King Institute of Preventive Medicine Bacteriolog. Section reports 1907-08
Year: 1907
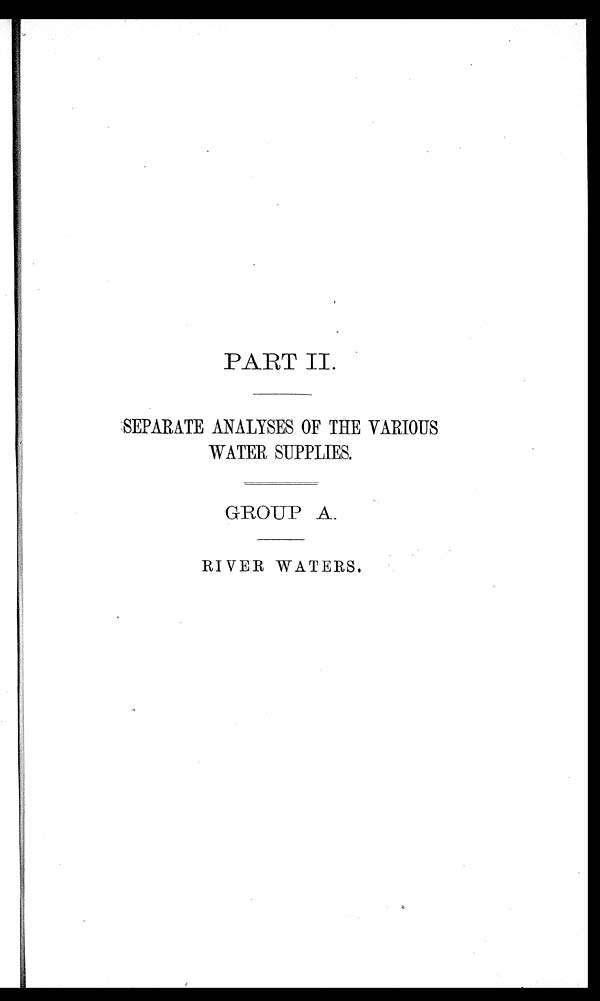
PART II.
SEPARATE ANALYSES OF THE VARIOUS
WATER SUPPLIES.
GROUP A.
RIVER WATERS.